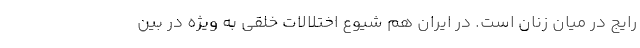
رایج در میان زنان است. در ایران هم شیوع اختلالات خلقی به ویژه در بین